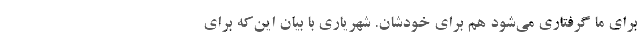
برای ما گرفتاری می‌شود هم برای خودشان. شهریاری با بیان این‌که برای